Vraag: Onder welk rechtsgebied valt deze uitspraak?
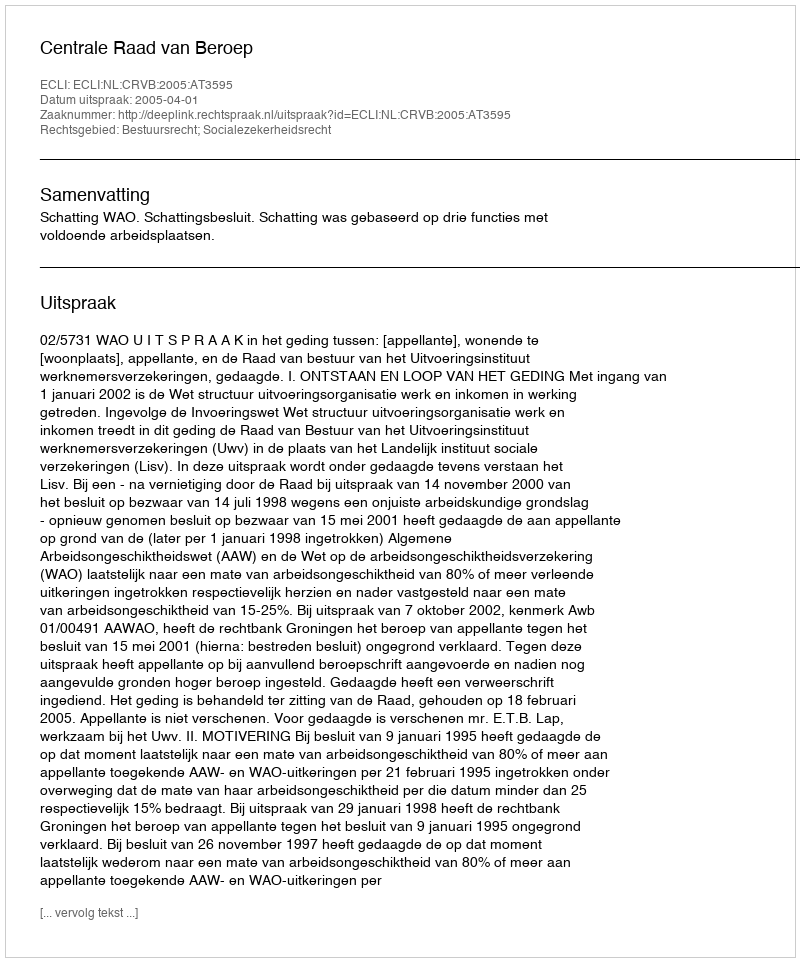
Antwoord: Bestuursrecht; Socialezekerheidsrecht